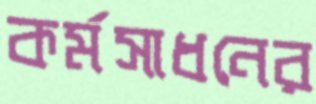
কর্মসাধনের